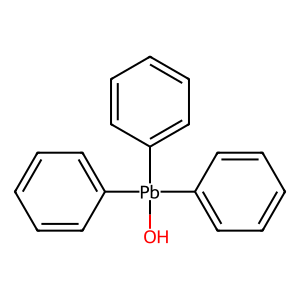
SMILES: O[Pb](c1ccccc1)(c1ccccc1)c1ccccc1
Inhibits HIV replication: No